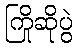
ကြိုဆိုပွဲ